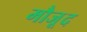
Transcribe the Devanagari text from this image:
मौजू़द